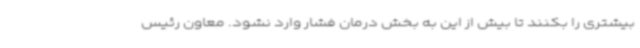
بیشتری را بکنند تا بیش از این به بخش درمان فشار وارد نشود. معاون رئیس